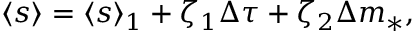
\begin{array} { c c c } { \displaystyle { \langle s \rangle = \langle s \rangle _ { 1 } + \zeta _ { 1 } \Delta \tau + \zeta _ { 2 } \Delta m _ { * } , } } \end{array}